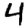
Digit: 4